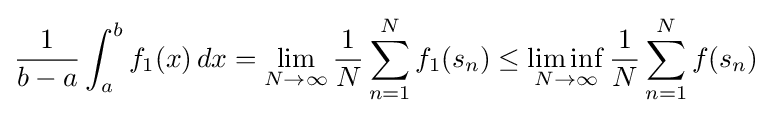
{\frac {1}{b-a}}\int _{a}^{b}f_{1}(x)\,dx=\lim _{N\to \infty }{\frac {1}{N}}\sum _{n=1}^{N}f_{1}(s_{n})\leq \liminf _{N\to \infty }{\frac {1}{N}}\sum _{n=1}^{N}f(s_{n})